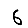
Digit: 6